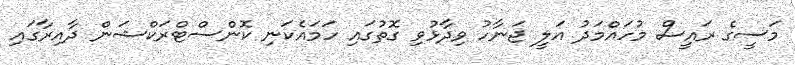
މަސީގެ ރައީސް މުހައްމަދު އަލީ ޖަނާހު ވިދާޅުވި ގޮތުގައި ހަމައެކަނި ކޮންސްޓްރަކްޝަން ދާއިރާގައި